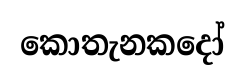
කොතැනකදෝ